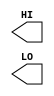
module sky130_fd_sc_hs__conb (
    HI,
    LO
);

    output HI;
    output LO;

    // Voltage supply signals
    supply1 VPWR;
    supply0 VGND;

endmodule